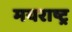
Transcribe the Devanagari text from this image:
मयराष्ट्र